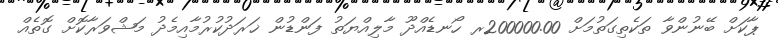
ޕާކަށް ބޭނުންވާ ތަކެތިގަތުމަށް 200000.00ރ ހޯނޑެއްދޫ މާލިއްޔަތު ފަންޑުން ޚަރަދުކުރުމާއިމެދު މަޝްވަރާކޮށް ގޮތެއް